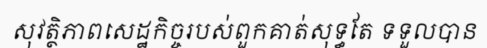
សុវត្ថិភាពសេដ្ឋកិច្ចរបស់ពួកគាត់សុទ្ធតែ ទទួលបាន